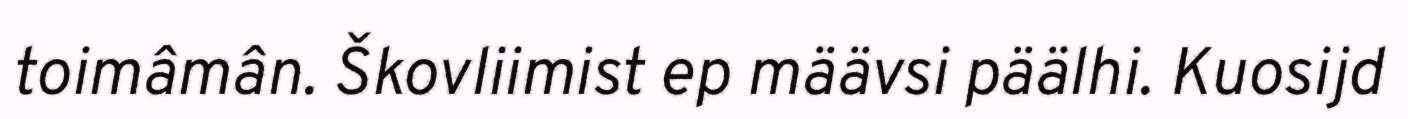
toimâmân. Škovliimist ep määvsi päälhi. Kuosijd